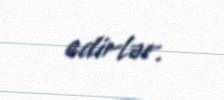
edirlər.